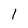
Character: 1